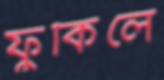
ফুঁকিলে